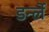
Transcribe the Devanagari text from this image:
डर्न्ले